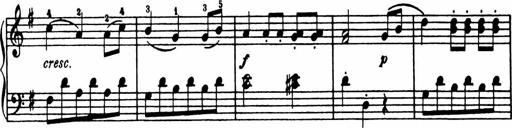
Title: Analytical Sonatinas
Composer: Frank Lynes